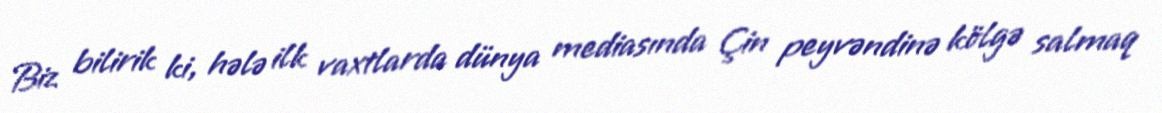
Biz bilirik ki, hələ ilk vaxtlarda dünya mediasında Çin peyvəndinə kölgə salmaq